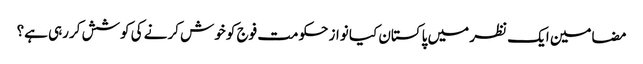
مضامین ایک نظر میں پاکستان	کیا نواز حکومت فوج کو خوش کرنے کی کوشش کررہی ہے؟